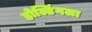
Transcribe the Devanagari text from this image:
होल्डिंगला